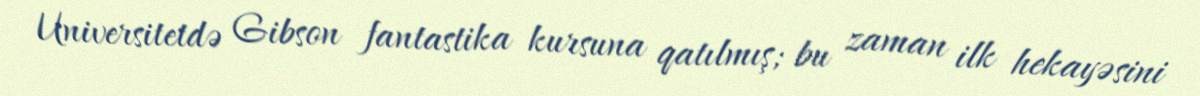
Universitetdə Gibson fantastika kursuna qatılmış; bu zaman ilk hekayəsini